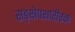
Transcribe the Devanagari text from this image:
सङ्क्षेपशारीरक